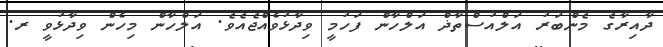
ދާއިރާގެ މެންބަރު އަލްއުސްތާޛް އަލްހާން ފަހުމީ ވިދާޅުވެއްޖެއެވެ. އަލްހާން މިހެން ވިދާޅުވީ ރ.